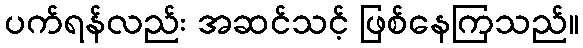
ပက်ရန်လည်း အဆင်သင့် ဖြစ်နေကြသည်။